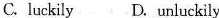
C.luckily D. unluckily